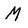
Character: M